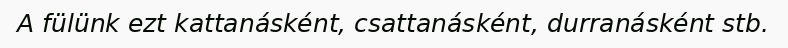
A fülünk ezt kattanásként, csattanásként, durranásként stb.